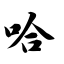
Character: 哈